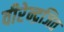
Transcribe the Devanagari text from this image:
वीरेन्द्रजित